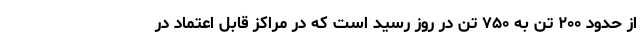
از حدود ۲۰۰ تن به ۷۵۰ تن در روز رسید است که در مراکز قابل اعتماد در